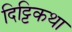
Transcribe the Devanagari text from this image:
दिट्टिकथा